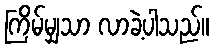
ကြိမ်မျှသာ လာခဲ့ပါသည်။